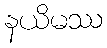
နယိမဿ